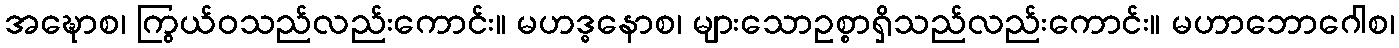
အဍ္ဎောစ၊ ကြွယ်ဝသည်လည်းကောင်း။ မဟဒ္ဓနောစ၊ များသောဥစ္စာရှိသည်လည်းကောင်း။ မဟာဘောဂေါစ၊